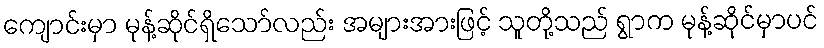
ကျောင်းမှာ မုန့်ဆိုင်ရှိသော်လည်း အများအားဖြင့် သူတို့သည် ရွာက မုန့်ဆိုင်မှာပင်